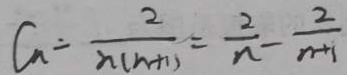
C _ { n } = \frac { 2 } { n ( n + 1 ) } = \frac { 2 } { n } - \frac { 2 } { n + 1 }